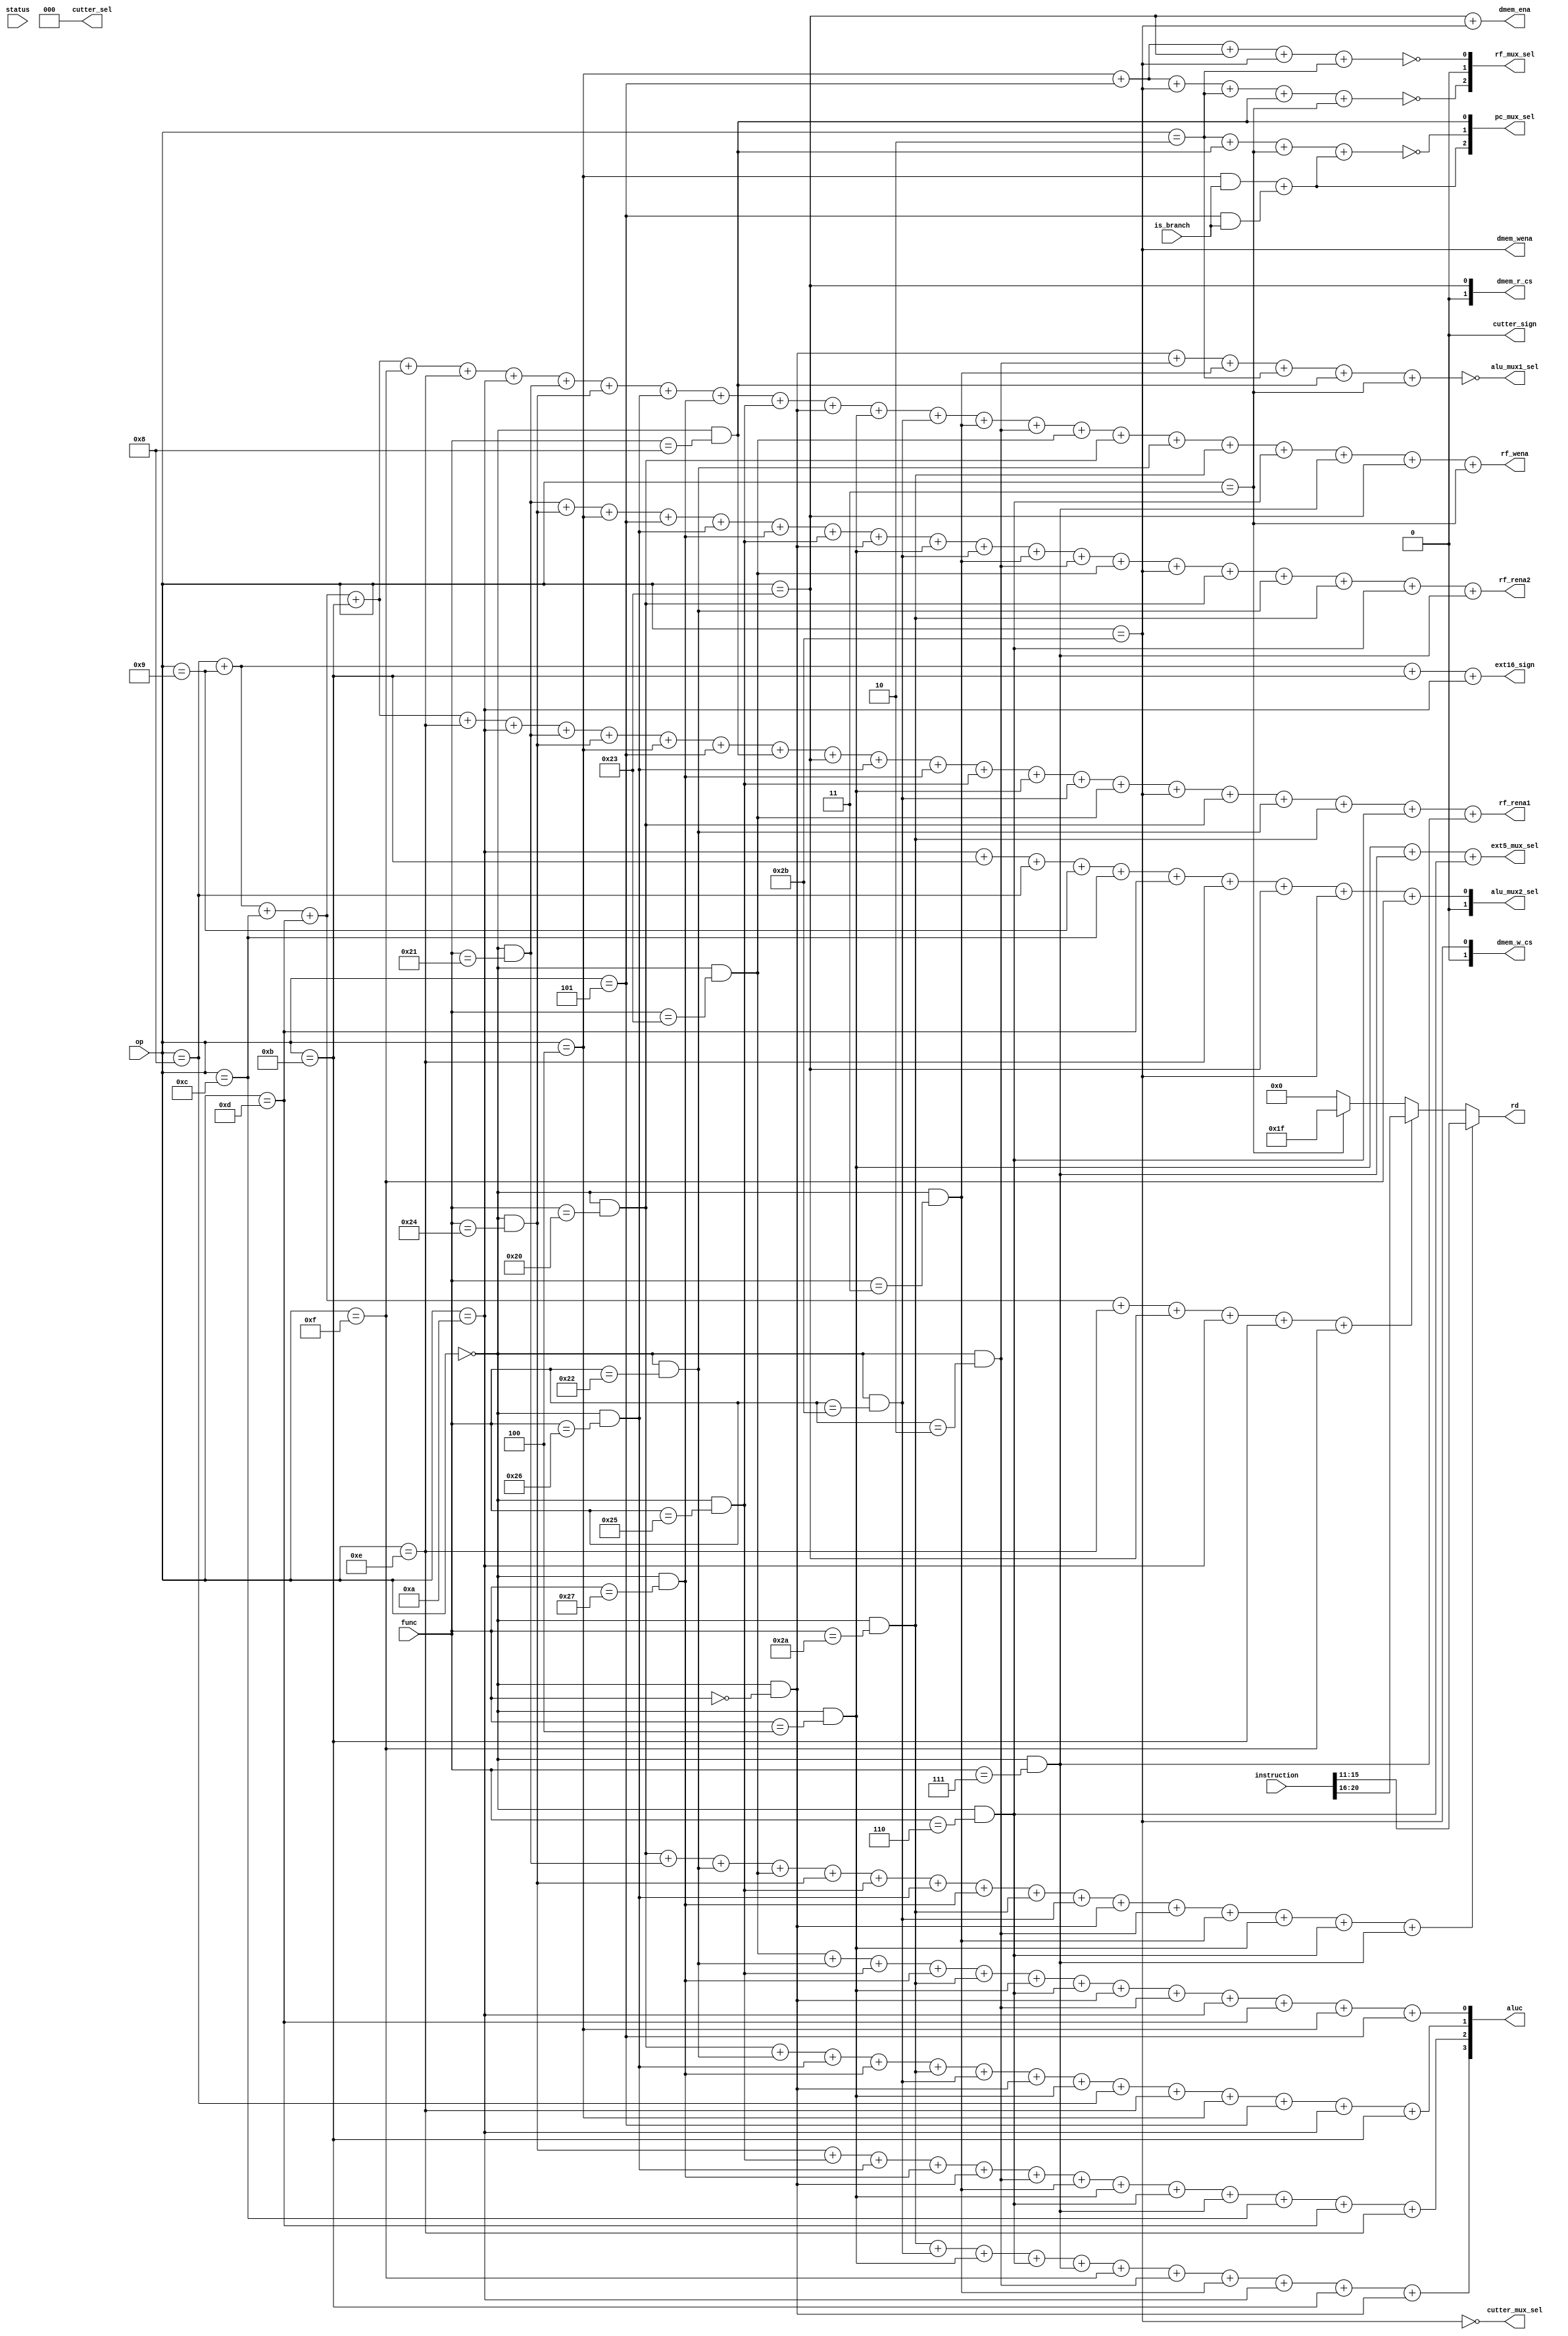
`timescale 1ns / 1ps

module control_unit(
    input is_branch,
    input [31:0] instruction,
    input [5:0] op,
    input [5:0] func,
    input [31:0] status,   
    output rf_wena,     
    output dmem_wena, 
    output rf_rena1,
    output rf_rena2,
    output dmem_ena,
    output [1:0] dmem_w_cs,
    output [1:0] dmem_r_cs,
    output ext16_sign,
    output cutter_sign,
    output [3:0] aluc,
    output [4:0] rd,
    output ext5_mux_sel,
    output cutter_mux_sel,
    output alu_mux1_sel,       
    output [1:0] alu_mux2_sel,
    output [2:0] cutter_sel,
    output [2:0] rf_mux_sel,
    output [2:0] pc_mux_sel
    );

    wire Addi = (op == 6'b001000);
    wire Addiu = (op == 6'b001001);
    wire Andi = (op == 6'b001100);
    wire Ori = (op == 6'b001101);
    wire Sltiu = (op == 6'b001011);
    wire Lui = (op == 6'b001111);
    wire Xori = (op == 6'b001110);
    wire Slti = (op == 6'b001010);
    wire Addu = (op == 6'b000000 && func==6'b100001);
    wire And = (op == 6'b000000 && func == 6'b100100);
    wire Beq = (op == 6'b000100);
    wire Bne = (op == 6'b000101);
    wire J = (op == 6'b000010);
    wire Jal = (op == 6'b000011);
    wire Jr = (op == 6'b000000 && func == 6'b001000);
    wire Lw = (op == 6'b100011);
    wire Xor = (op == 6'b000000 && func == 6'b100110);
    wire Nor = (op == 6'b000000 && func == 6'b100111);
    wire Or = (op == 6'b000000 && func == 6'b100101);
    wire Sll = (op == 6'b000000 && func == 6'b000000);
    wire Sllv = (op == 6'b000000 && func == 6'b000100);
    wire Sltu = (op == 6'b000000 && func == 6'b101011);
    wire Sra = (op == 6'b000000 && func == 6'b000011);
    wire Srl = (op == 6'b000000 && func == 6'b000010);
    wire Subu = (op == 6'b000000 && func == 6'b100011);
    wire Sw = (op == 6'b101011);
    wire Add = (op == 6'b000000 && func == 6'b100000);
    wire Sub = (op == 6'b000000 && func == 6'b100010);
    wire Slt = (op == 6'b000000 && func == 6'b101010);
    wire Srlv = (op == 6'b000000 && func == 6'b000110);
    wire Srav = (op == 6'b000000 && func == 6'b000111);

    assign rf_rena1 = Addi+Addiu+Andi+Ori+Sltiu+Xori+Slti+Addu+And+Beq+Bne+Jr+Lw+Xor+Nor+Or+Sllv+Sltu+Subu+Sw+Add+Sub+Slt+Srlv+Srav;
    assign rf_rena2 = Addu+And+Beq+Bne+Xor+Nor+Or+Sll+Sllv+Sltu+Sra+Srl+Subu+Sw+Add+Sub+Slt+Srlv+Srav;

    assign rf_wena = Addi+Addiu+Andi+Ori+Sltiu+Lui+Xori+Slti+Addu+And+Xor+Nor+Or+Sll+Sllv+Sltu+Sra+Srl+Subu+Add+Sub+Slt+Srlv+Srav+Lw+Jal;                                  

    assign dmem_wena = Sw;
    assign dmem_ena = Lw+Sw;
    assign dmem_w_cs[1] = 1'b0;
    assign dmem_w_cs[0] = Sw;
    assign dmem_r_cs[1] = 1'b0;
    assign dmem_r_cs[0] = Lw;     

    assign cutter_sign = 1'b0;
    assign ext16_sign = Addi+Addiu+Sltiu+Slti;
    
    assign ext5_mux_sel = Sllv+Srav+Srlv;

    assign alu_mux1_sel = ~(Sll+Srl+Sra+J+Jr+Jal);
    assign alu_mux2_sel[1] = 1'b0;
    assign alu_mux2_sel[0] = Slti+Sltiu+Addi+Addiu+Andi+Ori+Xori+Lw+Sw+Lui;

    assign aluc[3] = Slt+Sltu+Sllv+Srlv+Srav+Lui+Srl+Sra+Slti+Sltiu+Sll;
    assign aluc[2] = And+Or+Xor+Nor+Sll+Srl+Sra+Sllv+Srlv+Srav+Andi+Ori+Xori;
    assign aluc[1] = Add+Sub+Xor+Nor+Slt+Sltu+Sll+Sllv+Addi+Xori+Beq+Bne+Slti+Sltiu;
    assign aluc[0] = Subu+Sub+Or+Nor+Slt+Sllv+Srlv+Sll+Srl+Slti+Ori+Beq+Bne;
    
    assign cutter_mux_sel = ~Sw;
    assign cutter_sel[2] = 1'b0;
    assign cutter_sel[1] = 1'b0;
    assign cutter_sel[0] = 1'b0;

    assign rf_mux_sel[2] = ~(Beq+Bne+Sw+J+Jr+Jal);
    assign rf_mux_sel[1] = 1'b0;
    assign rf_mux_sel[0] = ~(Beq+Bne+Lw+Sw+J);
    
    assign pc_mux_sel[2] = (Beq&&is_branch)+(Bne&&is_branch);
    assign pc_mux_sel[1] = ~(J+Jr+Jal+pc_mux_sel[2]);
    assign pc_mux_sel[0] = Jr;

    assign rd = (Add+Addu+Sub+Subu+And+Or+Xor+Nor+Slt+Sltu+Sll+Srl+Sra+Sllv+Srlv+Srav) ? 
                   instruction[15:11] : (( Addi+Addiu+Andi+Ori+Xori+Lw+Slti+Sltiu+Lui) ? 
                   instruction[20:16] : (Jal?5'd31:5'b0));

endmodule